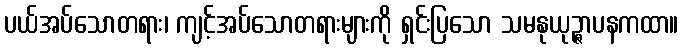
ပယ်အပ်သောတရား၊ ကျင့်အပ်သောတရားများကို ရှင်းပြသော သမနုယုဉ္ဇာပနကထာ။